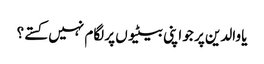
یا والدین پر جو اپنی بیٹیوں پر لگام نہیں کستے؟